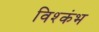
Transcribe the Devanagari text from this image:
विश्कंभ